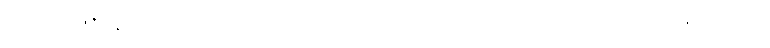
အဆိုပါ 31 နှစ်အရွာယ်အမျိုးသားဟာ ကလေးငယ် ကိုပြီးခဲ့တဲ့ လကနေ လအထိ5ကြိမ်ခန့်